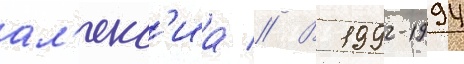
ал'екс'иа // В 1992-1994